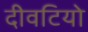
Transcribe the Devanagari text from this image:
दीवटियो